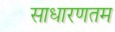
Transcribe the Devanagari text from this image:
साधारणतम